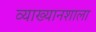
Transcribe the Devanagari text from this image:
व्याख्यानशाला